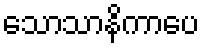
သောသာနိကာပေ